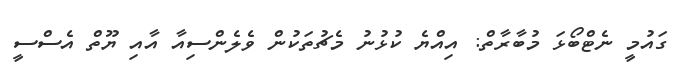
ގައުމީ ނެޓްބޯޅަ މުބާރާތް: އިއްޔެ ކުޅުނު މެޗުތަކުން ވެލެންސިއާ އާއި ޔޫތް އެސްސީ